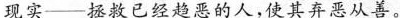
现实--拯救已经趋恶的人，使其弃恶从善。